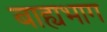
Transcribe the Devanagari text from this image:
बाह्यभाग